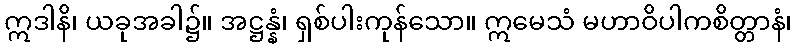
ဣဒါနိ၊ ယခုအခါ၌။ အဋ္ဌန္နံ၊ ရှစ်ပါးကုန်သော။ ဣမေသံ မဟာဝိပါကစိတ္တာနံ၊